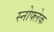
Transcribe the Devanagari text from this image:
स्नोफ्लेक